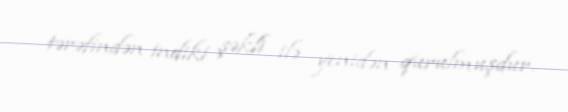
tərəfindən indiki şəkli ilə yenidən qurulmuşdur.